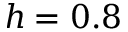
h = 0 . 8